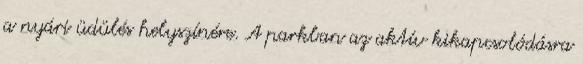
a nyári üdülés helyszínére. A parkban az aktív kikapcsolódásra